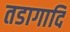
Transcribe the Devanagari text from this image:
तडागादि